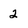
Character: 2